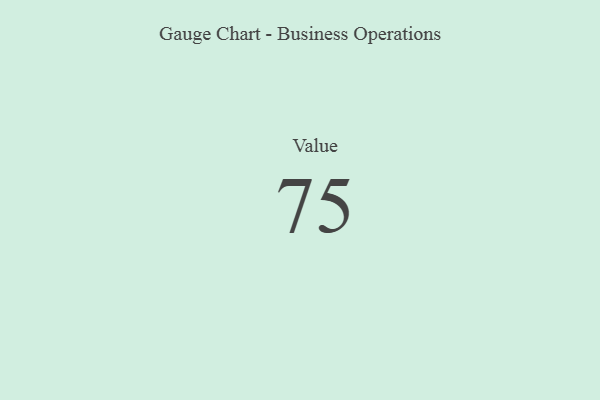
{"axis": {"x": "Metric", "y": "Value"}, "legend": [""], "data": [{"x": "Value", "y": 75, "type": ""}]}